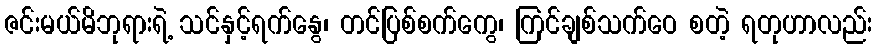
ဇင်းမယ်မိဘုရားရဲ့ သင်နှင့်ရက်နွေ၊ တင်ပြစ်စက်ကွေ၊ ကြင်ချစ်သက်ဝေ စတဲ့ ရတုဟာလည်း